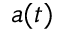
a ( t )